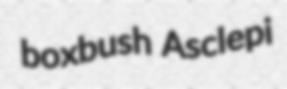
boxbush Asclepi